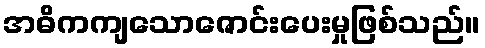
အဓိကကျသောဇောင်းပေးမှုဖြစ်သည်။